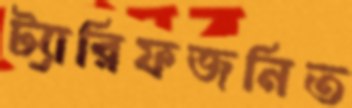
ট্যারিফজনিত